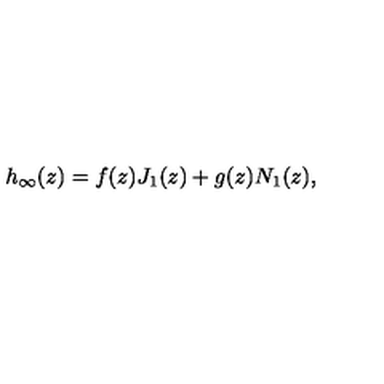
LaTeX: h _ { \infty } ( z ) = f ( z ) J _ { 1 } ( z ) + g ( z ) N _ { 1 } ( z ) ,